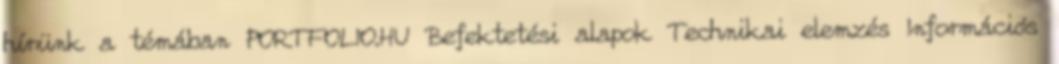
hírünk a témában PORTFOLIO.HU Befektetési alapok Technikai elemzés Információs